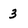
Character: 3